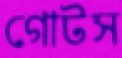
গোটস